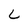
Character: L